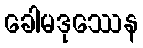
ခေါမဒုဿေန